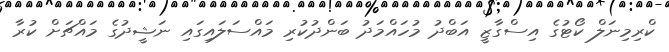
ކްރިމިނަލް ކޯޓުގެ އިސްގާޒީ އަބްދު މުހައްމަދު ބަންދުކުރި މައްސަލައިގައި ނަޝީދުގެ މައްޗަށް ކުރާ